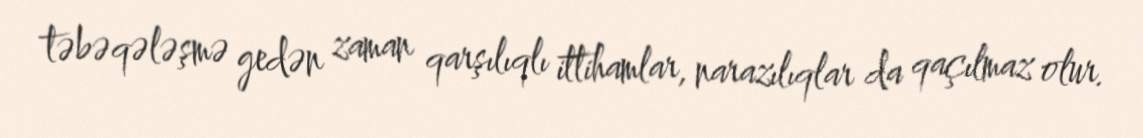
təbəqələşmə gedən zaman qarşılıqlı ittihamlar, narazılıqlar da qaçılmaz olur.